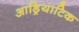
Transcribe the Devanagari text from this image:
आड्रियाटिक